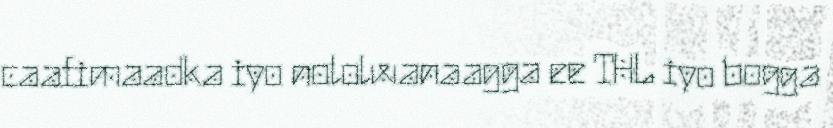
caafimaadka iyo nololwanaagga ee THL iyo bogga